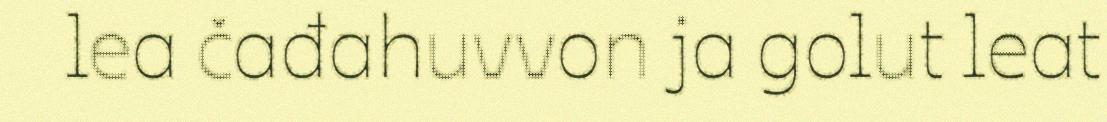
lea čađahuvvon ja golut leat